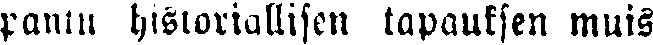
pantu historiallisen tapauksen muis